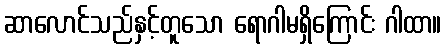
ဆာလောင်သည်နှင့်တူသော ရောဂါမရှိကြောင်း ဂါထာ။